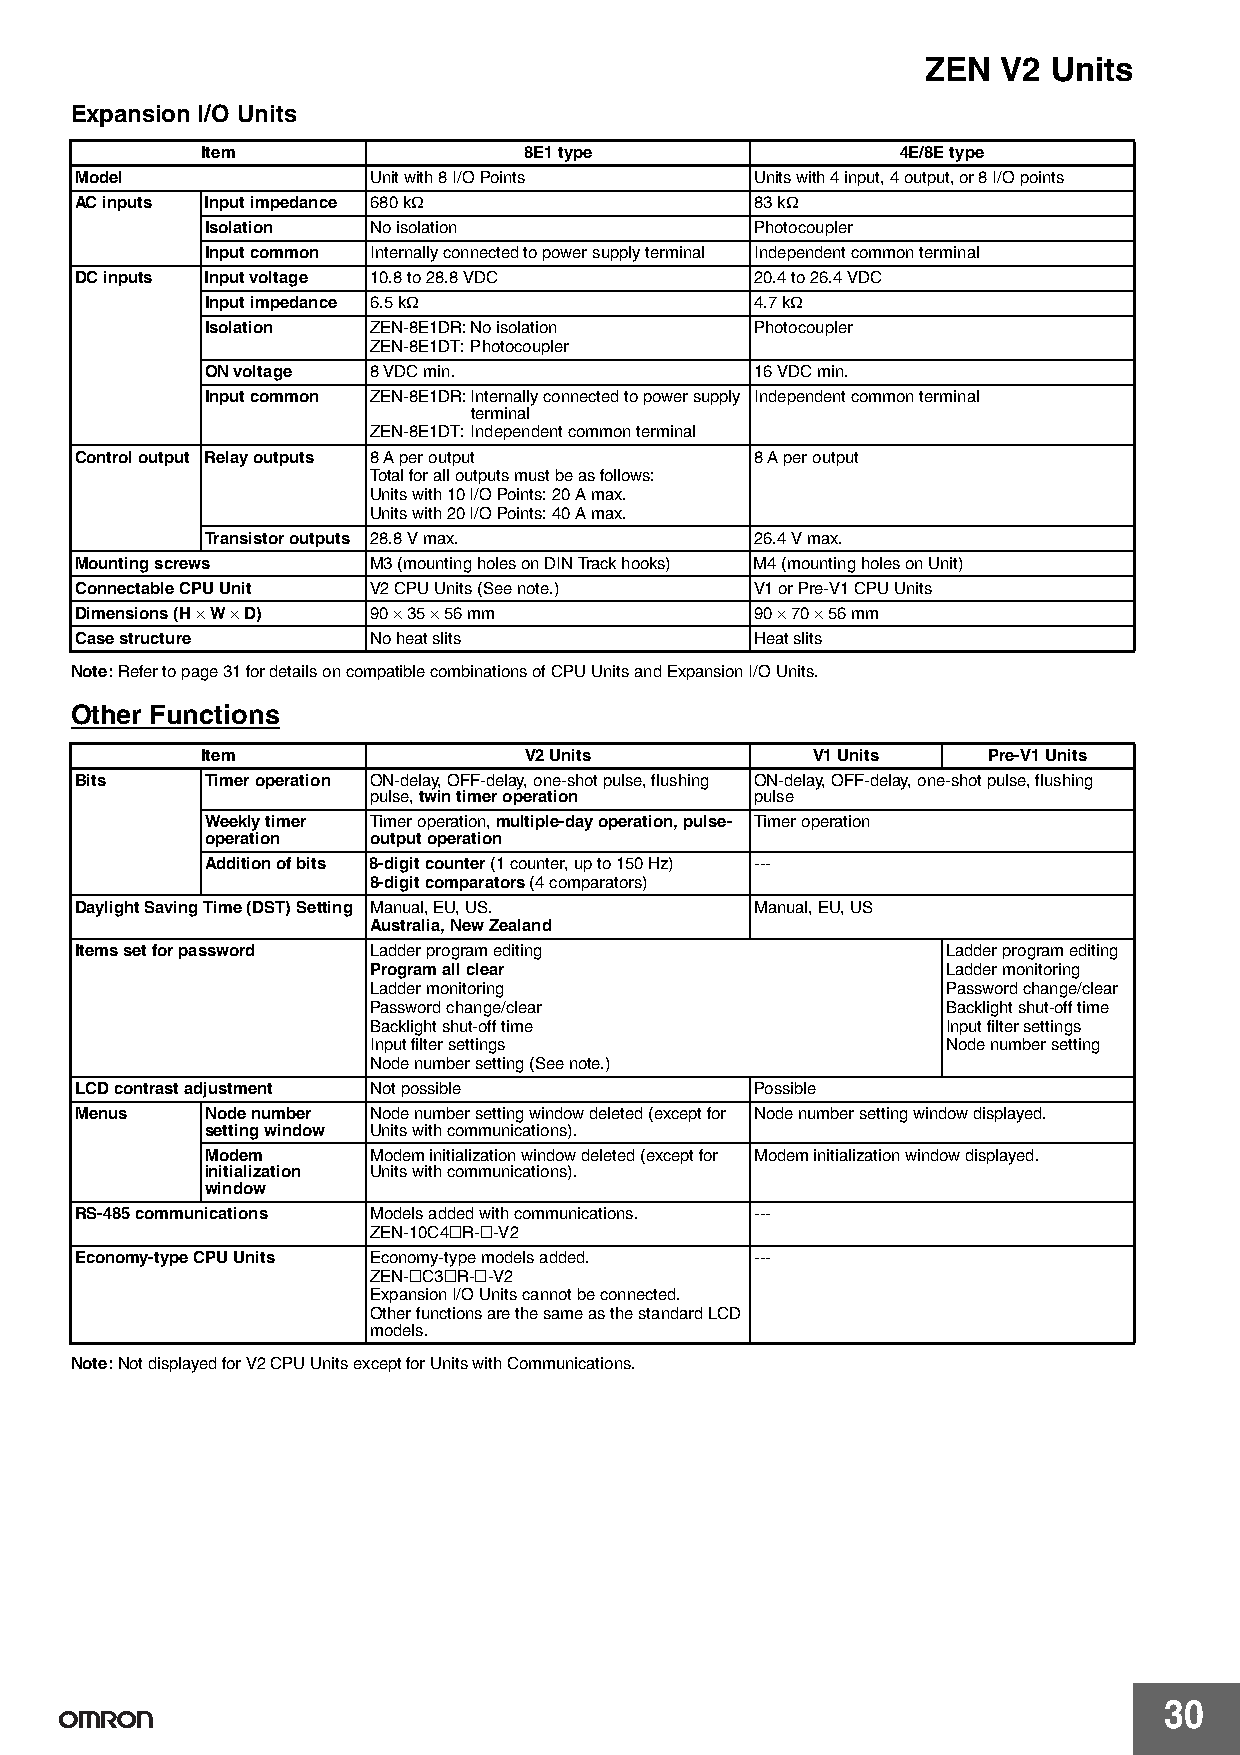
ZEN  V2  Units
 Expansion I/O Units
 Item                  8E1 type                 4E/8E type
 Model              Unit with 8 I/O Points    Units with 4 input, 4 output, or 8 I/O points
 AC inputs Input impedance 680 kΩ             83 kΩ
 Isolation No isolation              Photocoupler
 Input common Internally connected to power supply terminal Independent common terminal
 DC inputs Input voltage 10.8 to 28.8 VDC     20.4 to 26.4 VDC
 Input impedance 6.5 kΩ              4.7 kΩ
 Isolation ZEN-8E1DR:No isolation    Photocoupler
 ZEN-8E1DT:Photocoupler
 ON voltage 8 VDC min.               16 VDC min.
 Input common ZEN-8E1DR:Internally connected to power supply Independent common terminal
 terminal
 ZEN-8E1DT:Independent common terminal
 Control output Relay outputs 8 A per output  8 A per output
 Total for all outputs must be as follows:
 Units with 10 I/O Points: 20 A max.
 Units with 20 I/O Points: 40 A max.
 Transistor outputs 28.8 V max.      26.4 V max.
 Mounting screws    M3 (mounting holes on DIN Track hooks) M4 (mounting holes on Unit)
 Connectable CPU Unit V2 CPU Units (See note.) V1 or Pre-V1 CPU Units
 Dimensions (H × W × D) 90 × 35 × 56 mm       90 × 70 × 56 mm
 Case structure     No heat slits             Heat slits
 Note:Refer to page31 for details on compatible combinations of CPU Units and Expansion I/O Units.
 Other Functions
 Item                  V2 Units           V1 Units   Pre-V1 Units
 Bits     Timer operation ON-delay, OFF-delay, one-shot pulse, flushing ON-delay, OFF-delay, one-shot pulse, flushing
 pulse, twin timer operation pulse
 Weekly timer Timer operation, multiple-day operation, pulse- Timer operation
 operation output operation
 Addition of bits 8-digit counter (1 counter, up to 150 Hz) ---
 8-digit comparators (4 comparators)
 Daylight Saving Time (DST) Setting Manual, EU, US. Manual, EU, US
 Australia, New Zealand
 Items set for password Ladder program editing             Ladder program editing
 Program all clear                      Ladder monitoring
 Ladder monitoring                      Password change/clear
 Password change/clear                  Backlight shut-off time
 Backlight shut-off time                Input filter settings
 Input filter settings                  Node number setting
 Node number setting (See note.)
 LCD contrast adjustment Not possible         Possible
 Menus    Node number Node number setting window deleted (except for Node number setting window displayed.
 setting window Units with communications).
 Modem     Modem initialization window deleted (except for Modem initialization window displayed.
 initialization Units with communications).
 window
 RS-485 communications Models added with communications. ---
 ZEN-10C4@R-@-V2
 Economy-type CPU Units Economy-type models added. ---
 ZEN-@C3@R-@-V2
 Expansion I/O Units cannot be connected.
 Other functions are the same as the standard LCD
 models.
 Note:Not displayed for V2 CPU Units except for Units with Communications.
 30